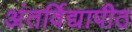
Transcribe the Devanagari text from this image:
अंतर्विद्यापीठ